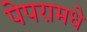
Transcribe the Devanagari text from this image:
पेपरामधे